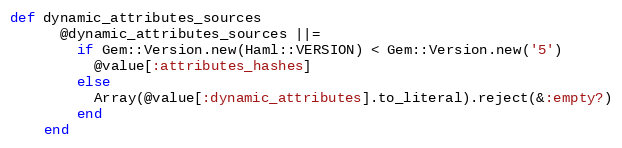
Language: Ruby
def dynamic_attributes_sources
      @dynamic_attributes_sources ||=
        if Gem::Version.new(Haml::VERSION) < Gem::Version.new('5')
          @value[:attributes_hashes]
        else
          Array(@value[:dynamic_attributes].to_literal).reject(&:empty?)
        end
    end